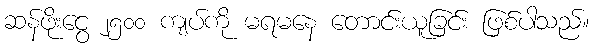
ဆန်ဖိုးငွေ ၂၅၀၀ ကျပ်ကို မရမနေ တောင်းယူခြင်း ဖြစ်ပါသည်။